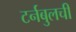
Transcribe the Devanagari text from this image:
टर्नबुलची